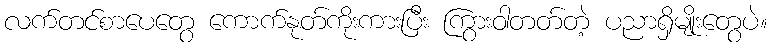
လက်တင်စာပေတွေ ကောက်နုတ်ကိုးကားပြီး ကြွားဝါတတ်တဲ့ ပညာရှိမျိုးတွေပဲ။